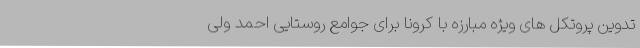
تدوین پروتکل های ویژه مبارزه با کرونا برای جوامع روستایی احمد ولی